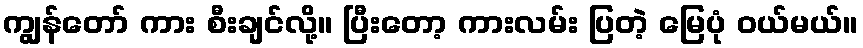
ကျွန်တော် ကား စီးချင်လို့။ ပြီးတော့ ကားလမ်း ပြတဲ့ မြေပုံ ဝယ်မယ်။